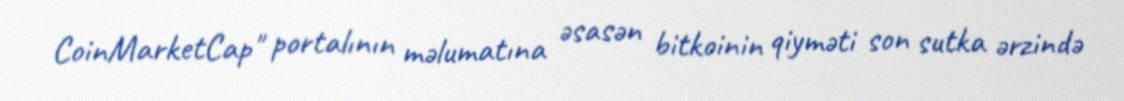
CoinMarketCap" portalının məlumatına əsasən bitkoinin qiyməti son sutka ərzində